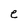
Character: e